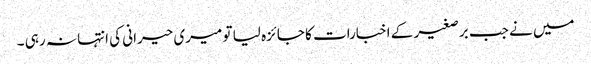
میں نے جب برصغیر کے اخبارات کا جائزہ لیا تو میری حیرانی کی انتہا نہ رہی ۔